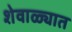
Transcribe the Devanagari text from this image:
शेवाळ्यात